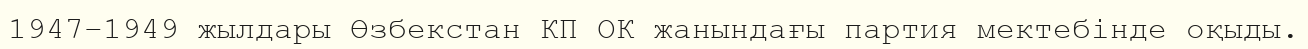
1947–1949 жылдары Өзбекстан КП ОК жанындағы партия мектебінде оқыды.